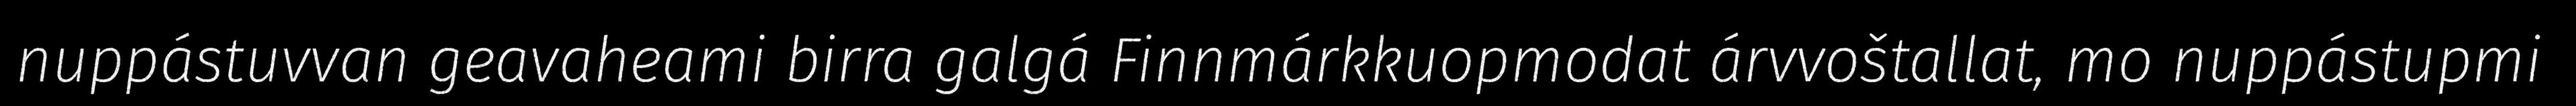
nuppástuvvan geavaheami birra galgá Finnmárkkuopmodat árvvoštallat, mo nuppástupmi